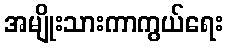
အမျိုးသားကာကွယ်ရေး